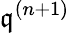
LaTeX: {\mathfrak{q}}^{(n+1)}